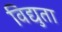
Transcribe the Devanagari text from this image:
विद्युता